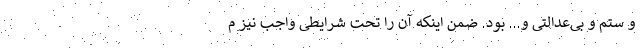
و ستم و بی‌عدالتی و... بود. ضمن اینکه آن را تحت شرایطی واجب نیز م